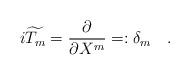
LaTeX: \begin{align*}i\widetilde{T_m}=\frac \partial {\partial X^m}=:\delta _m\quad .\end{align*}